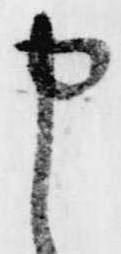
申